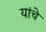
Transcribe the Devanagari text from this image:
यांचेे